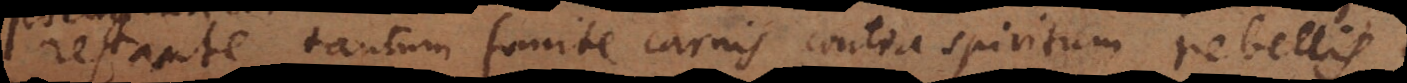
restante tantum fomite carnis contra spiritum rebellis